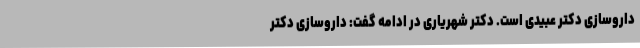
داروسازی دکتر عبیدی است. دکتر شهریاری در ادامه گفت: داروسازی دکتر